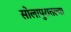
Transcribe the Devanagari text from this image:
सोलापुरातल्या